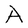
Character: A